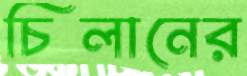
চিলানের